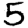
Digit: 5